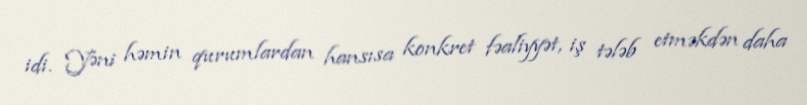
idi. Yəni həmin qurumlardan hansısa konkret fəaliyyət, iş tələb etməkdən daha